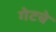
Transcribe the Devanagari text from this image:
गेटचे